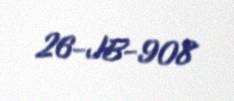
26-JB-908